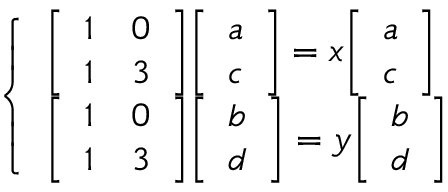
{ \left\{ \begin{array} { l l } { { \left[ \begin{array} { l l } { 1 } & { 0 } \\ { 1 } & { 3 } \end{array} \right] } { \left[ \begin{array} { l } { a } \\ { c } \end{array} \right] } = x { \left[ \begin{array} { l } { a } \\ { c } \end{array} \right] } } \\ { { \left[ \begin{array} { l l } { 1 } & { 0 } \\ { 1 } & { 3 } \end{array} \right] } { \left[ \begin{array} { l } { b } \\ { d } \end{array} \right] } = y { \left[ \begin{array} { l } { b } \\ { d } \end{array} \right] } } \end{array} \right. }